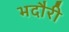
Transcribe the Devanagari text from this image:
भदौरी